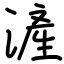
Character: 滻